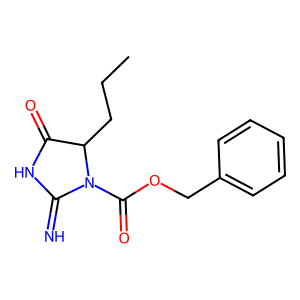
SMILES: CCCC1C(=O)NC(=N)N1C(=O)OCc1ccccc1
Inhibits HIV replication: No